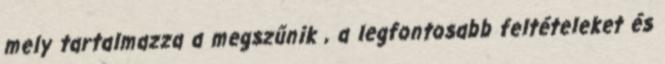
mely tartalmazza a megszűnik , a legfontosabb feltételeket és